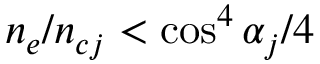
n _ { e } / n _ { c j } < \cos ^ { 4 } \alpha _ { j } / 4